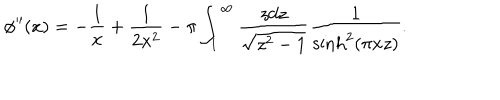
LaTeX: \phi ^ { \prime \prime } ( x ) = - \frac { 1 } { x } + \frac { 1 } { 2 x ^ { 2 } } - \pi \int _ { 1 } ^ { \infty } \frac { z d z } { \sqrt { z ^ { 2 } - 1 } } \frac { 1 } { \sinh ^ { 2 } ( \pi x z ) } .